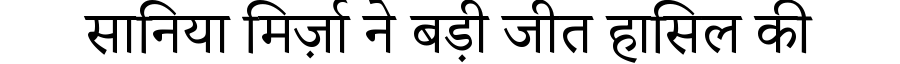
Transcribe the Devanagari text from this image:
सानिया मिर्ज़ा ने बड़ी जीत हासिल की